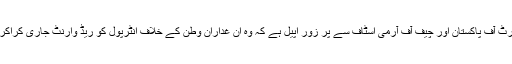
میری محترم صدر پاکستان، وزیر اعظم پاکستان، چیف جسٹس سپریم کورٹ آف پاکستان اور چیف آف آرمی اسٹاف سے پُر زور اپیل ہے کہ وہ ان غدارانِ وطن کے خلاف انٹرپول کو ریڈ وارنٹ جاری کراکر گرفتار کرائیں اور پاکستان میں انہیں عدالتوں سے سخت سزائیں دلوائیں۔